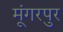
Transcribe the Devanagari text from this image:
मूंगरपुर